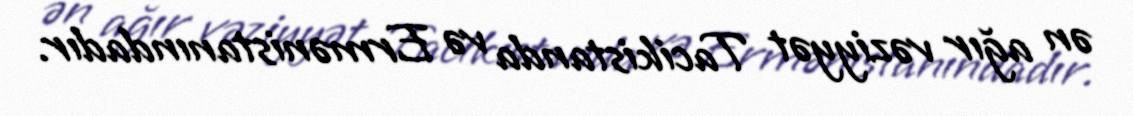
ən ağır vəziyyət Tacikistanda və Ermənistanındadır.